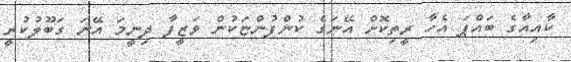
ކާއިއާގެ ބައްޕަ އެހާ ރީތިކޮށް އޭނަގެ ކުންފުންޏަކުން ވަޒީފާ ދިނީމަ އޭނަ ގަބޫލުކުރީ